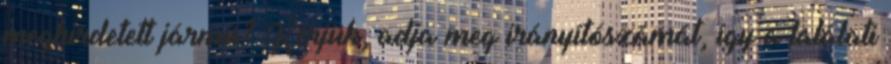
meghirdetett jármű? Kérjük, adja meg irányítószámát, így a találati